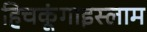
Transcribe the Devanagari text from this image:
हिचकूंगाइस्लाम